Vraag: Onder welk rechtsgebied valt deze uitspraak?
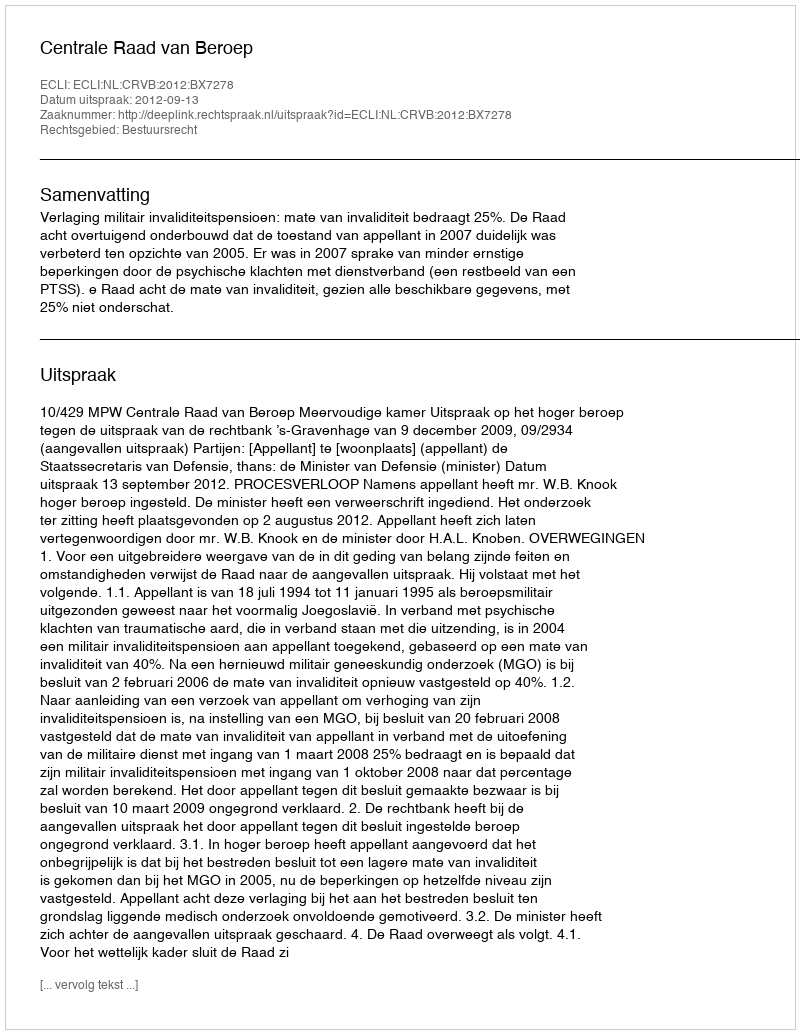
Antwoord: Bestuursrecht